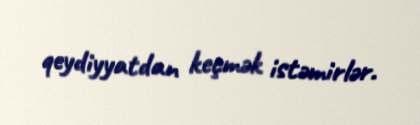
qeydiyyatdan keçmək istəmirlər.